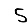
Digit: 5